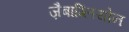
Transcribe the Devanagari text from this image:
ज़ैबाग्लियोन